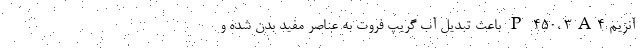
آنزیم P-۴۵۰، ۳A۴ باعث تبدیل آب گریپ فروت به عناصر مفید بدن شده و